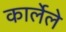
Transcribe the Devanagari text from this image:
कार्लेले